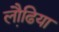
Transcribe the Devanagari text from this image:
लौढि़या